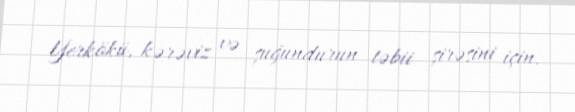
Yerkökü, kərəviz və şuğundurun təbii şirəsini için.